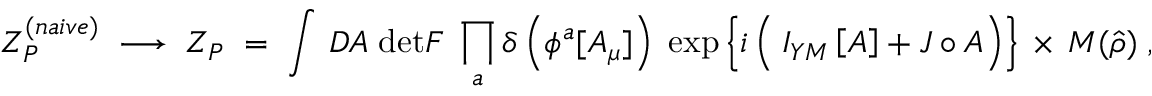
Z _ { P } ^ { ( n a i v e ) } \; \longrightarrow \; Z _ { P } \; = \; \int \, { \cal D } { \cal A } \; \mathrm { d e t } { \cal F } \; \prod _ { a } \delta \left( \phi ^ { a } [ { \cal A } _ { \mu } ] \right) \; \exp \left\{ i \left( \frac { } { } I _ { Y M } \left[ { \cal A } \right] + { \cal J } \circ { \cal A } \right) \right\} \, \times \, { \cal M } ( \hat { \rho } ) \; ,